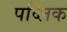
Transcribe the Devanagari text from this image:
पव्लिक